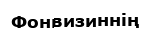
Фонвизиннің